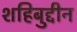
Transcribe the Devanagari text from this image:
शहिबुद्दीन